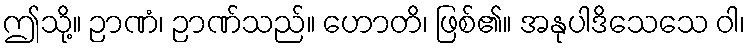
ဤသို့။ ဉာဏံ၊ ဉာဏ်သည်။ ဟောတိ၊ ဖြစ်၏။ အနုပါဒိသေသေ ဝါ၊